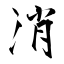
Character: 消